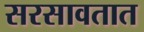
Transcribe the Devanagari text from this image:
सरसावतात